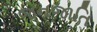
જનજાતિ